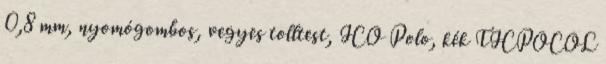
0,8 mm, nyomógombos, vegyes tolltest, ICO Polo, kék TICPOCOL